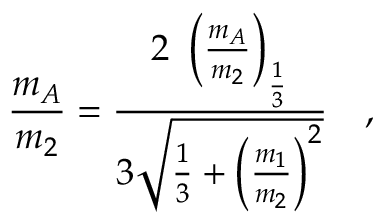
\frac { m _ { A } } { m _ { 2 } } = \frac { 2 ~ \left( \frac { m _ { A } } { m _ { 2 } } \right) _ { \frac { 1 } { 3 } } } { 3 \sqrt { \frac { 1 } { 3 } + \left( \frac { m _ { 1 } } { m _ { 2 } } \right) ^ { 2 } } } \quad ,